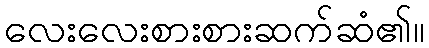
လေးလေးစားစားဆက်ဆံ၏။